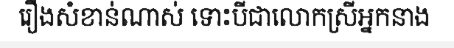
រឿងសំខាន់ណាស់ ទោះបីជាលោកស្រីអ្នកនាង